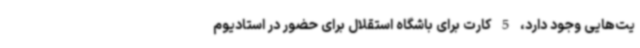
یت‌هایی وجود دارد، 5 کارت برای باشگاه استقلال برای حضور در استادیوم